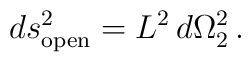
ds^2_{\rm open} =  L^2_{\vphantom 2} \,d\Omega_2^2\, .